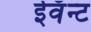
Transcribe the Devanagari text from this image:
ईवॅन्ट